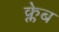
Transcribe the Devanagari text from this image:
क्लेब